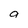
Character: a